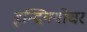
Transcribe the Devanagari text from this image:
इन्द्रियगोचर